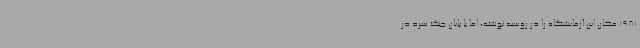
1981 مکان این آزمایشگاه را در روسیه نوشته، اما با پایان جنگ سرد در